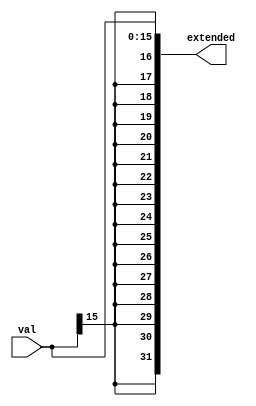
module signExtend #(parameter SIZE = 16) (input [SIZE-1:0] val, output [31:0] extended);
  assign extended = { {(32-SIZE){val[SIZE-1]}} ,val[SIZE-1:0]};
endmodule